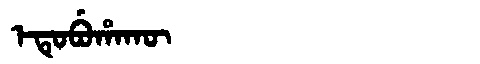
Manchu: ᡝᡨᡠᠪᡠᡥᠠᡴᡡ
Romanization: ETUBUHAKŪ